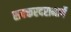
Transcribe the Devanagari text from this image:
सक्करदरामार्गे